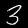
Label: 3